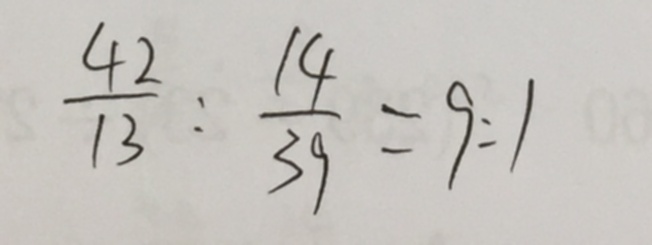
\frac { 4 2 } { 1 3 } : \frac { 1 4 } { 3 9 } = 9 : 1